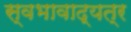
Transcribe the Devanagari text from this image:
स्वभावाद्यत्र